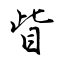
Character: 眥